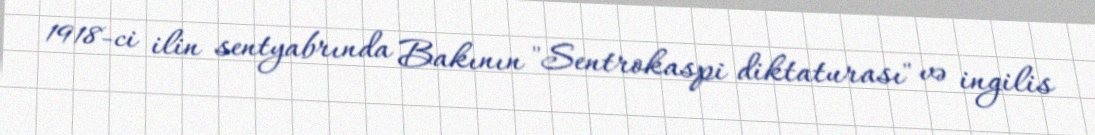
1918-ci ilin sentyabrında Bakının "Sentrokaspi diktaturası" və ingilis